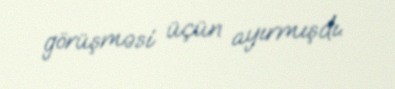
görüşməsi üçün ayırmışdı.